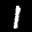
Label: 1